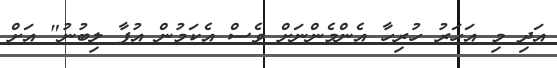
އަދި މި އަހަރު ހުރިހާ އެންމެންނަށް ވެސް އެކަމުން އުފާ ލިބުނު" އަށް